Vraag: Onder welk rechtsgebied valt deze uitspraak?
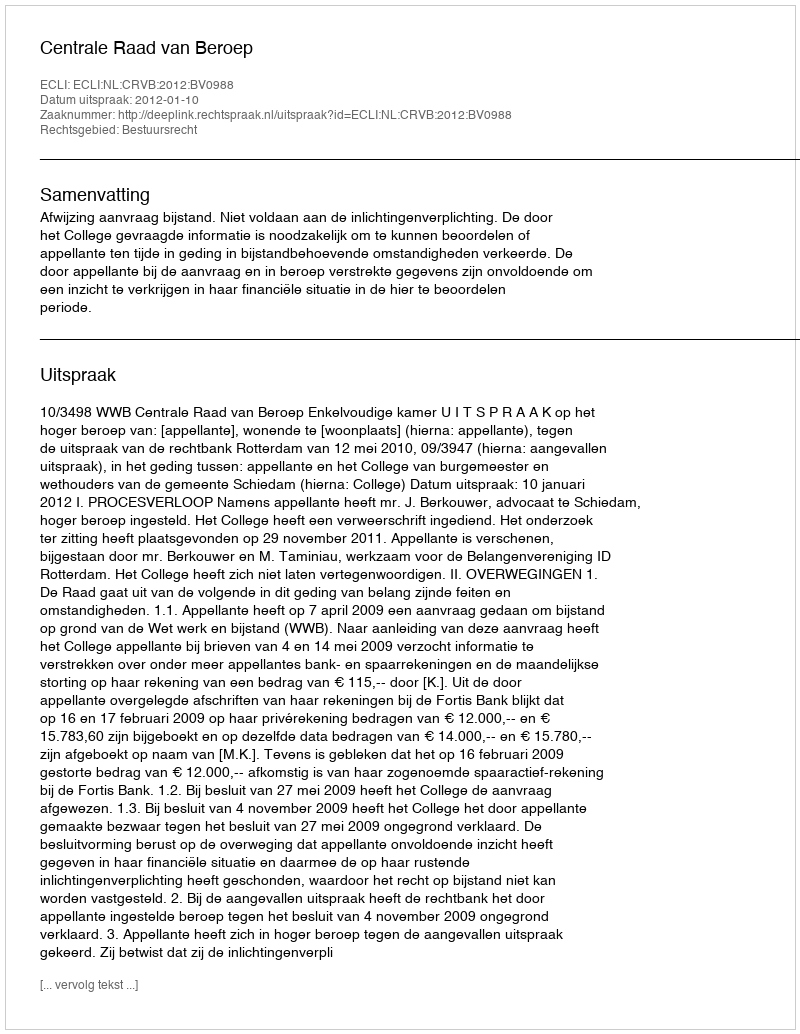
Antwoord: Bestuursrecht